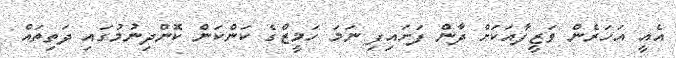
އެއީ އަހަރެން ވަޒީފާއަކަށް ދާން ފަށައިފި ނަމަ ހަމީޒްގެ ކަންކަން ކޮންދިނުމުގައި ދަތިތައް